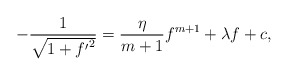
\begin{align*}-\frac{1}{\sqrt{1+{f'}^2}}=\frac{\eta}{m+1}f^{m+1}+\lambda f+c,\end{align*}